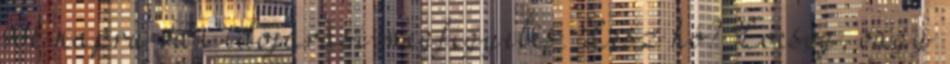
sok napra van időjárási megfigyelés. Lesz hó? Locsog, vagy